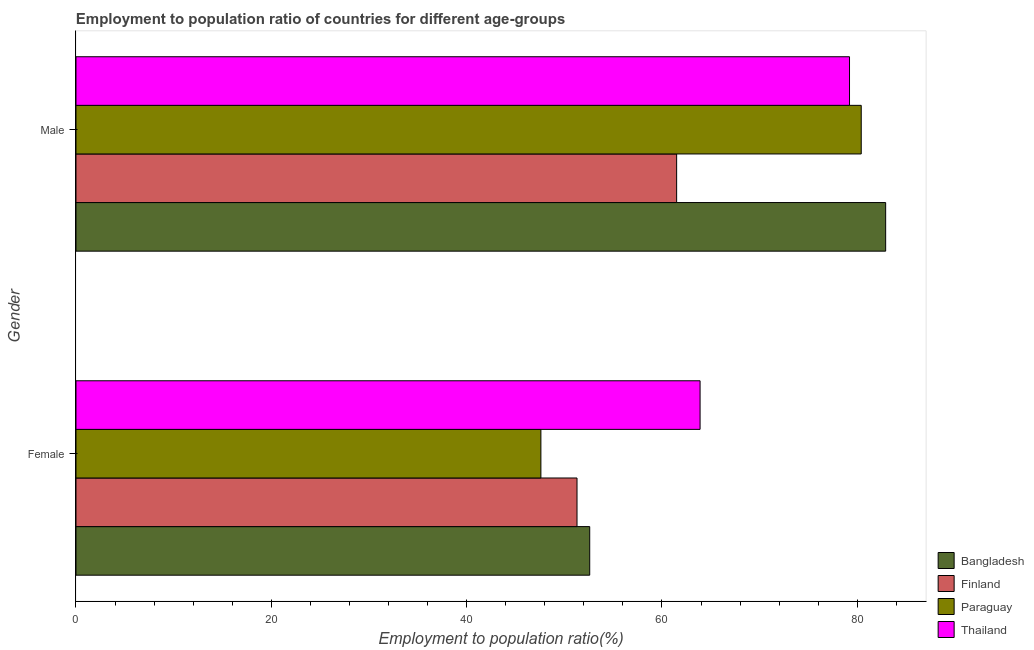
| Gender | Bangladesh | Finland | Paraguay | Thailand |
 | --- | --- | --- | --- | --- |
 | Female | 52.6 | 51.3 | 47.6 | 63.9 |
 | Male | 82.9 | 61.5 | 80.4 | 79.2 |